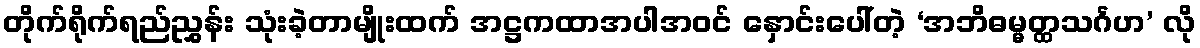
တိုက်ရိုက်ရည်ညွှန်း သုံးခဲ့တာမျိုးထက် အဋ္ဌကထာအပါအဝင် နှောင်းပေါ်တဲ့ ‘အဘိဓမ္မတ္ထသင်္ဂဟ’ လို